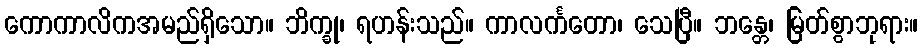
ကောကာလိကအမည်ရှိသော။ ဘိက္ခု၊ ရဟန်းသည်။ ကာလင်္ကတော၊ သေပြီ။ ဘန္တေ၊ မြတ်စွာဘုရား။